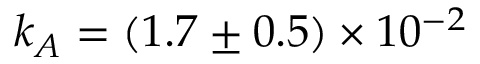
k _ { A } = ( 1 . 7 \pm 0 . 5 ) \times 1 0 ^ { - 2 }